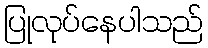
ပြုလုပ်နေပါသည်